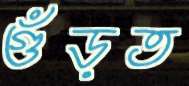
গুঁড়ত